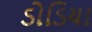
ડોડિયા